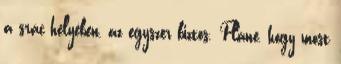
a srác helyében, az egyszer biztos. Pláne, hogy most